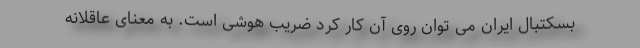
بسکتبال ایران می توان روی آن کار کرد ضریب هوشی است. به معنای عاقلانه